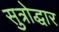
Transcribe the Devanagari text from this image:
सुत्रोद्धार